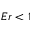
E r < 1